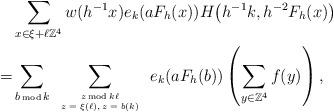
LaTeX: \begin{align*}&\sum_{x\in \xi+\ell\mathbb{Z}^4} w(h^{-1}x)e_k(a F_h(x)) H\big(h^{-1}k,h^{-2}F_h(x)\big)\\=&\sum_{{\tiny b\,\hbox{\tiny mod}\, k}} \sum_{{\tiny \begin{tabular}{c} $z\,\hbox{\tiny mod}\, k\ell$\\ $z=\xi(\ell), z=b(k)$\end{tabular}}} e_k(a F_h(b)) \left(\sum_{y\in \mathbb{Z}^4} f(y) \right),\end{align*}